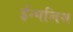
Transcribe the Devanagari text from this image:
ईन्गलिश